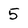
Character: 5